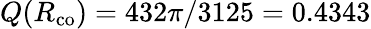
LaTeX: Q(R_{\mathrm{co}})=432\pi/3125=0.4343